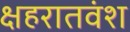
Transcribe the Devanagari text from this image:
क्षहरातवंश